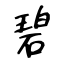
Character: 碧